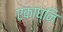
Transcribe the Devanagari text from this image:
एकाघ्नि